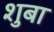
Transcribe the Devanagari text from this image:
शुबा